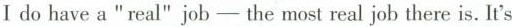
Ⅰ do have a "real" job - the most real job there is. It's